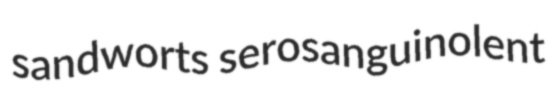
sandworts serosanguinolent